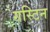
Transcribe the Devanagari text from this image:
गस्टिन